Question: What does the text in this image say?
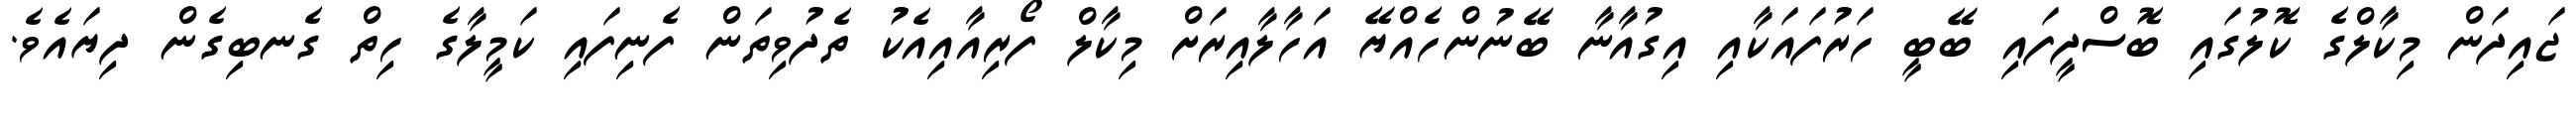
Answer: ޖައިދަން މިކާލްގެ ކޮލުގައި ބޮސްދީފައި ބޭބީ ހަރުފައަކާއި އިގުއާނާ ބޭނުންހެއްޔޭ އަހާލާއިރަށް މިކާލް ފޯރިއާއިއެކު ތެދުވިތަން ފެނިފައި ކަމީލާގެ ހިތް ގެނބިގެން ދިޔައެވެ.